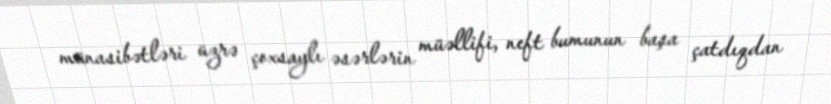
münasibətləri üzrə çoxsaylı əsərlərin müəllifi, neft bumunun başa çatdıqdan